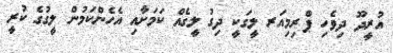
އުރީދޫ ދިވެހި ޕްރިމިއަރ ލީގަކީ ދިގު ލީގެއް ކަމަށާއި އެހެންކަމުން ލީގުގެ ކުރީ